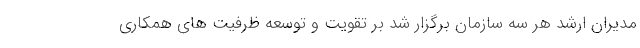
مدیران ارشد هر سه سازمان برگزار شد بر تقویت و توسعه ظرفیت های همکاری